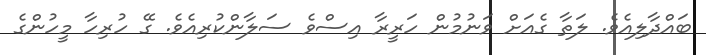
ބައްދާލިއެވެ. ލަތާ ގެއަށް ވަނުމުން ހަރީރާ އިސްވެ ސަލާންކުރިއެވެ. ގޭ ހުރިހާ މީހުންގެ